Elephants and their diseases
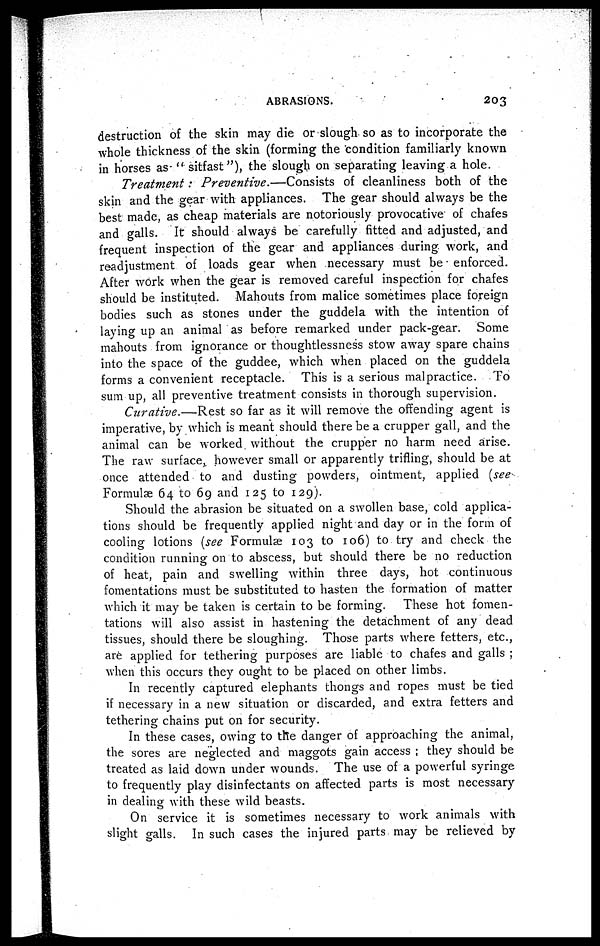
ABRASIONS.
203
destruction of the skin may die or slough so as to incorporate the
whole thickness of the skin (forming the condition familiarly known
in horses as- " sitfast"), the slough on separating leaving a hole.
Treatment:
Preventive.—Consists
of cleanliness both of the
skin and the gear with appliances. The gear should always be the
best made, as cheap materials are notoriously provocative of chafes
and galls. It should always be carefully fitted and adjusted, and
frequent inspection of the gear and appliances during work, and
readjustment of loads gear when necessary must be enforced.
After work when the gear is removed careful inspection for chafes
should be instituted. Mahouts from malice sometimes place foreign
bodies such as stones under the guddela with the intention of
laying up an animal as before remarked under pack-gear. Some
mahouts from ignorance or thoughtlessness stow away spare chains
into the space of the guddee, which when placed on the guddela
forms a convenient receptacle. This is a serious malpractice. To
sum up, all preventive treatment consists in thorough supervision.
Curative.—Rest
so far as it will remove the offending agent is
imperative, by which is meant should there be a crupper gall, and the
animal can be worked without the crupper no harm need arise.
The raw surface, however small or apparently trifling, should be at
once attended to and dusting powders, ointment, applied (see
Formulæ 64 to 69 and 125 to 129).
Should the abrasion be situated on a swollen base, cold applica-
tions should be frequently applied night and day or in the form of
cooling lotions (see Formulæ 103 to 106) to try and check the
condition running on to abscess, but should there be no reduction
of heat, pain and swelling within three days, hot continuous
fomentations must be substituted to hasten the formation of matter
which it may be taken is certain to be forming. These hot fomen-
tations will also assist in hastening the detachment of any dead
tissues, should there be sloughing. Those parts where fetters, etc.,
are applied for tethering purposes are liable to chafes and galls ;
when this occurs they ought to be placed on other limbs.
In recently captured elephants thongs and ropes must be tied
if necessary in a new situation or discarded, and extra fetters and
tethering chains put on for security.
In these cases, owing to the danger of approaching the animal,
the sores are neglected and maggots gain access : they should be
treated as laid down under wounds. The use of a powerful syringe
to frequently play disinfectants on affected parts is most necessary
in dealing with these wild beasts.
On service it is sometimes necessary to work animals with
slight galls. In such cases the injured parts may be relieved by